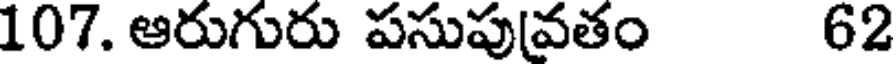
107. ఆరుగురు పసుపువతం 62